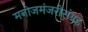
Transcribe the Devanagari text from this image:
मनोजमंजरीसंग्रह